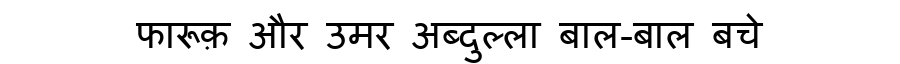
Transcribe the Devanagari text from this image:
फारूक़ और उमर अब्दुल्ला बाल-बाल बचे